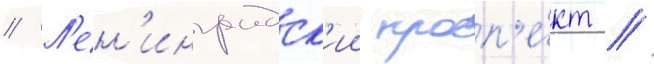
// Л'ен'инградск'ии просп'е́кт //